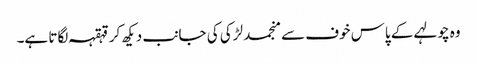
وہ چولہے کے پاس خوف سے منجمد لڑکی کی جانب دیکھ کر قہقہہ لگاتا ہے۔